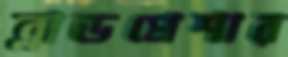
ব্লাডপ্রেশার